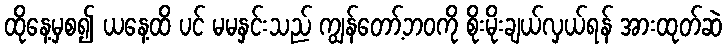
ထိုနေ့မှစ၍ ယနေ့ထိ ပင် မမနှင်းသည် ကျွန်တော့်ဘဝကို စိုးမိုးချယ်လှယ်ရန် အားထုတ်ဆဲ